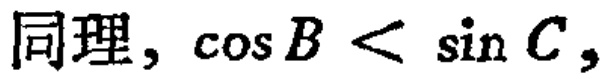
同理，\(\cos B < \sin C\)，